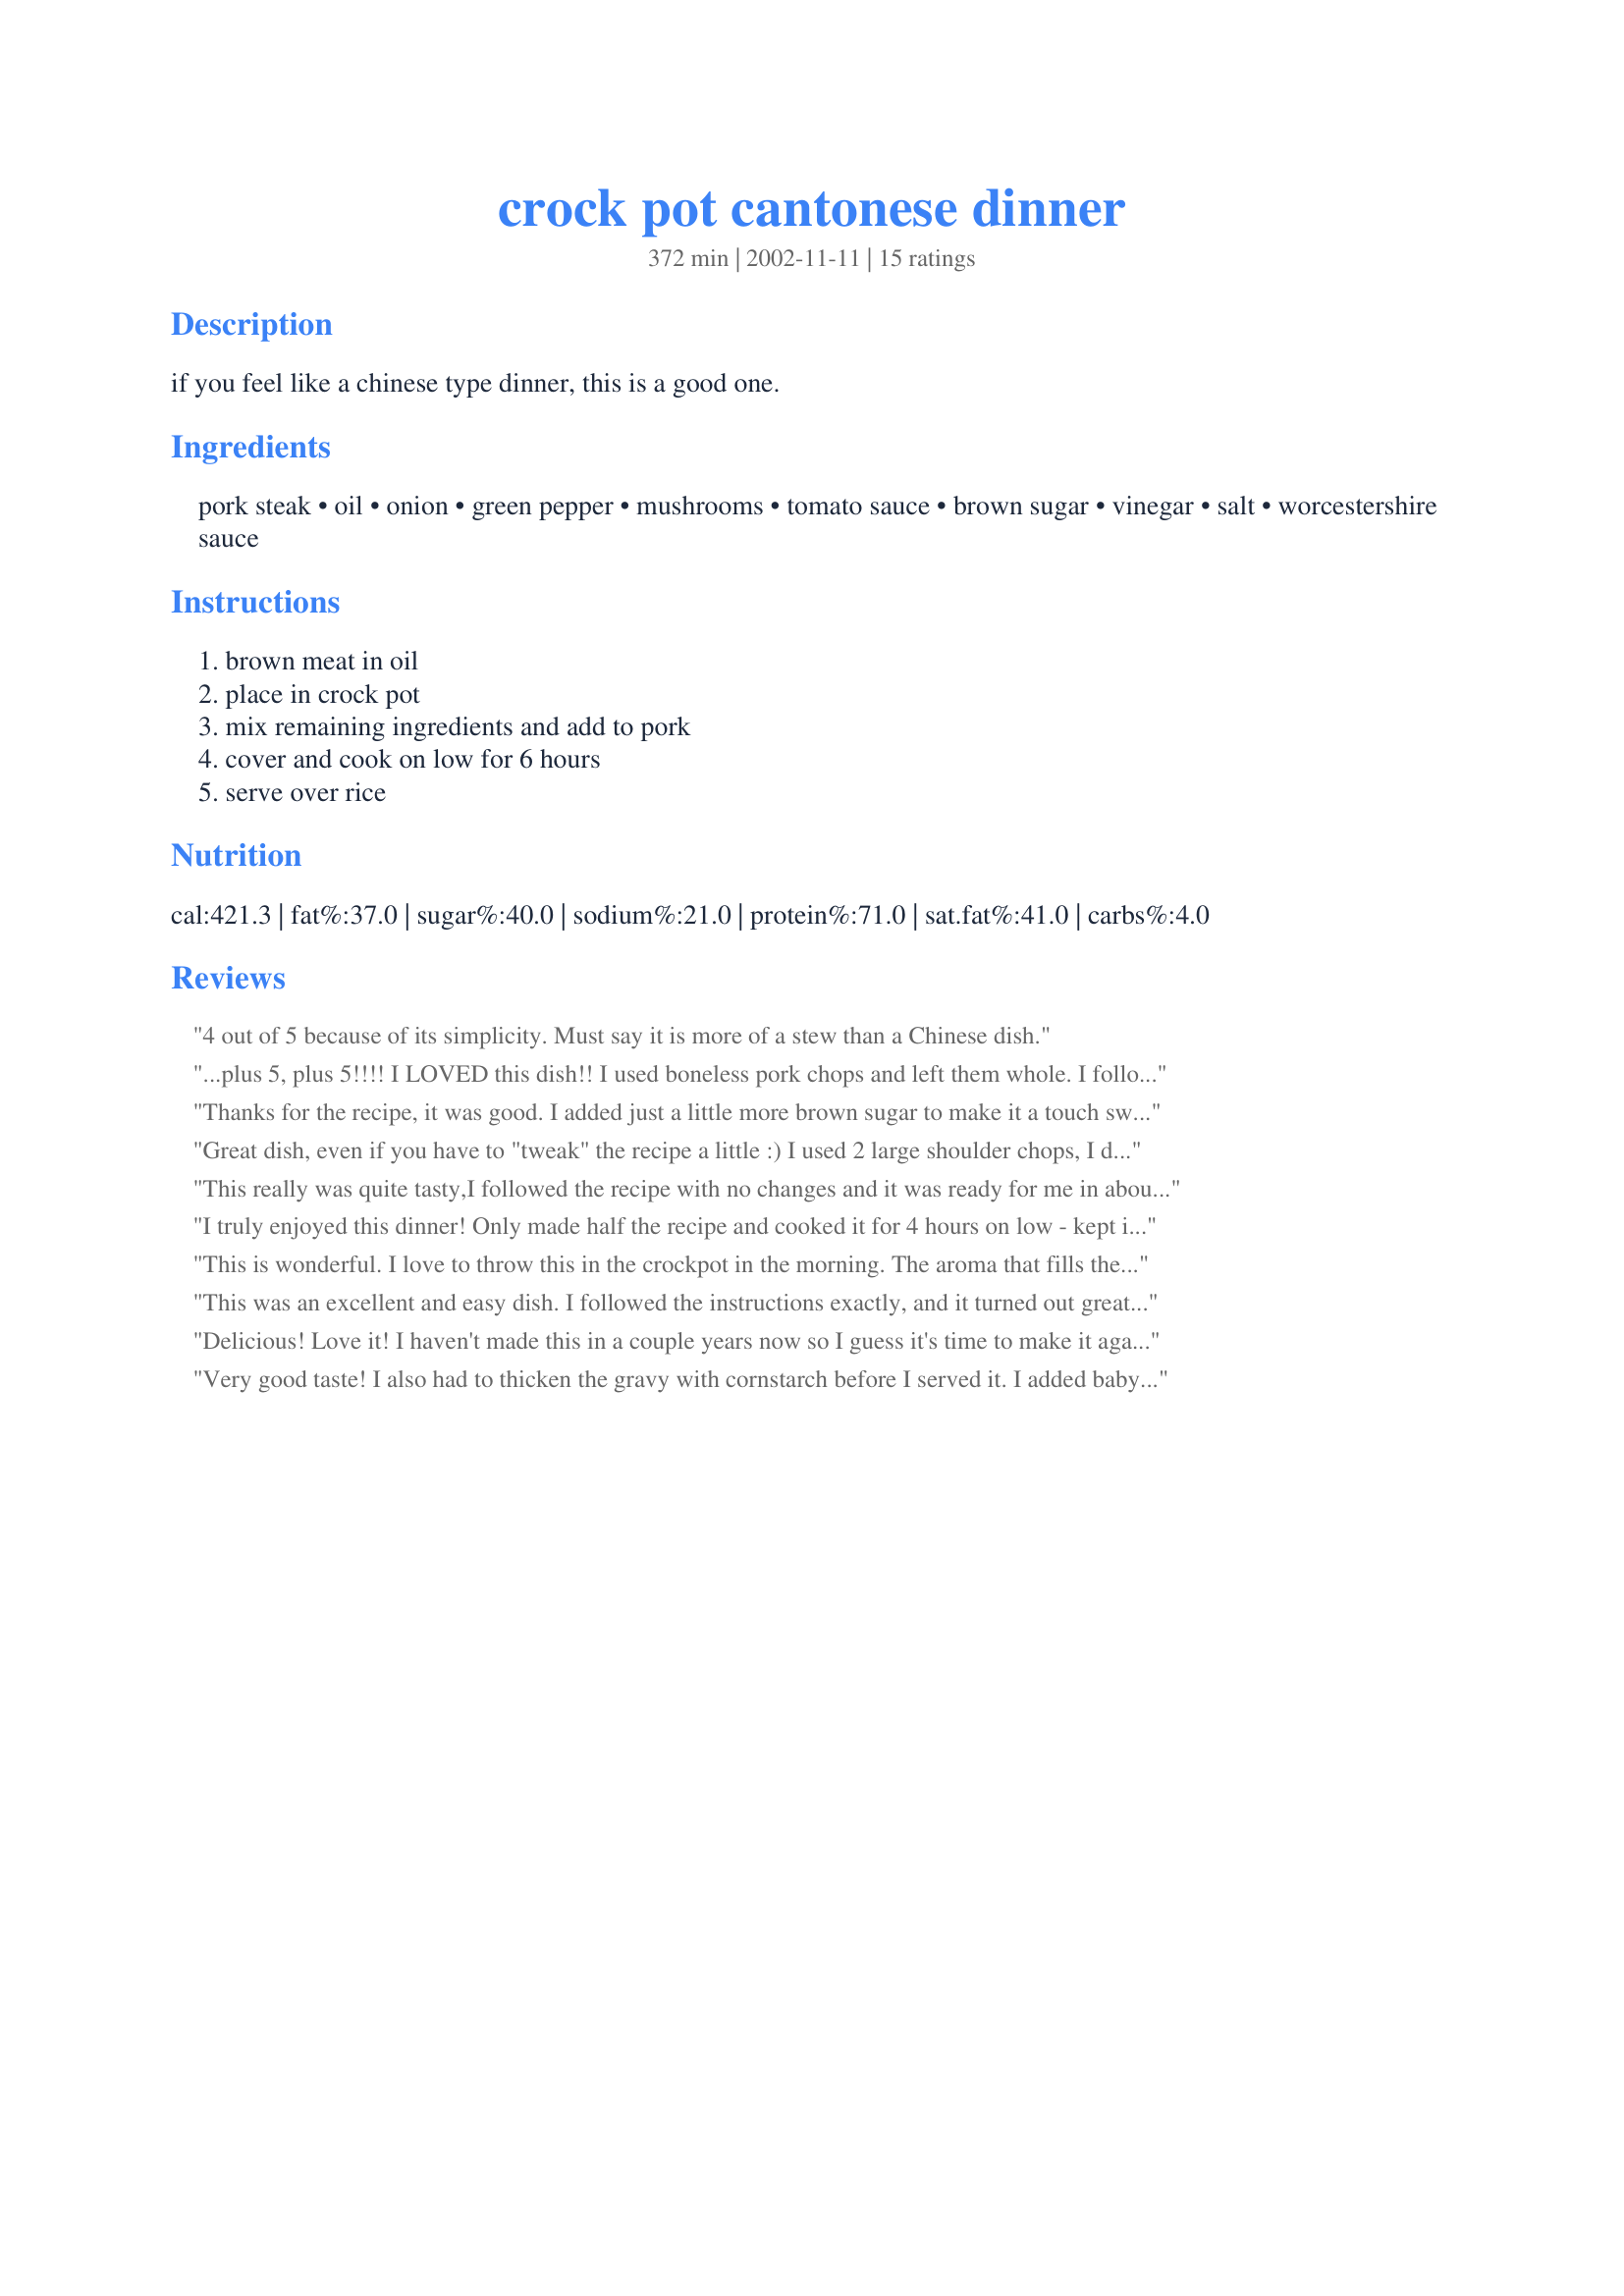
crock pot cantonese dinner
Preparation time: 372 minutes

if you feel like a chinese type dinner, this is a good one.

Ingredients:
pork steak, oil, onion, green pepper, mushrooms, tomato sauce, brown sugar, vinegar, salt, worcestershire sauce

Steps:
brown meat in oil, place in crock pot, mix remaining ingredients and add to pork, cover and cook on low for 6 hours, serve over rice

Reviews:
4 out of 5 because of its simplicity. Must say it is more of a stew than a Chinese dish.
...plus 5, plus 5!!!! I LOVED this dish!! I used boneless pork chops and left them whole. I followed the recipe exactly, but added some garlic powder and black pepper to the sauce. I also doubled the mushrooms. I can't wait to make this again!! I think next time I will double the sauce and add a bunch of veggies (carrots, water chestnuts, celery, and maybe some broccoli) Thank you so much for a great and easy dish!!
~Manda
Thanks for the recipe, it was good. I added just a little more brown sugar to make it a touch sweeter, and added some fresh tomatoes from the garden, which made the tomato flavor 'pop'. It was nice.
Great dish, even if you have to "tweak" the recipe a little :)
I used 2 large shoulder chops, I didnt have canned mushrooms, so I used 4 fresh ones, and a handfull of dried ones. I dont know what "canned tomato sauce " is, so I used a can of chopped tomatoes. It was wonderfull! Next time I think I will add a little garlic, and maybe a chilli.
I served this with my fried rice done in the microwave, so the kitchen was nice and tidy, which is a real bonus for a messy cook like me!!!
thanks, its a keeper.
This really was quite tasty,I followed the recipe with no changes and it was ready for me in about 5 hrs. I fed two adults and a toddler with a little left,which would have fed my three year old , (except she was at her Nanny's for a sleepover!) so I would probably double this to feed 6 people. I also might consider doubling the sauce next time too. I almost thickened it but there was really not that much sauce to do so, so I decided not to and it ended up fine over the rice as is. The meat was fork tender, I didn't even need a knife to cut it for the baby. This was an easy,tasty way to use pork steak that I would make again. Thanks again Inez for another good recipe!
I truly enjoyed this dinner! Only made half the recipe and cooked it for 4 hours on low - kept it on warm for 1 hour. I used fresh mushrooms, added 1 jalapeno & 1 tsp fresh grated ginger
 Excellent will be a regular - served with rice & new carrotts. Thanks Inez
This is wonderful. I love to throw this in the crockpot in the morning. The aroma that fills the house while this is cooking is incredible! Simply delicious!
This was an excellent and easy dish. I followed the instructions exactly, and it turned out great. I wasn't sure if any of it would make it to the table. Everyone was grabbing a spoon to taste it straight out of the pot, and going back for more. Thanks for a great recipe. Will make this often.
Delicious! Love it! I haven't made this in a couple years now so I guess it's time to make it again. I love the fact that I don't have to be home to watch it so it doesn't burn and only one dish to clean up. Good old crock pots, what would we do without them. In fact I own 3 of them all different sizes; small, med. and big.
Very good taste! I also had to thicken the gravy with cornstarch before I served it. I added baby carrots and garlic to the mixture.
I really liked the tenderness of the pork and the tangy taste of the sauce. Thanks, Carole in Orlando
We enjoyed this dish that we served with rice. I added baby carrots, fresh mushrooms and used garlic salt instead of regular salt. Although the taste was excellent there was a little too much broth for our taste, so I will thicken it a little next time.
Wonderful dish! And it was so nice to have it done and the kitchen already clean. I served it over rice. At the last minute I decided to add about 1/2 cup of roasted cashews to give it a bit of crunch, and that worked really well. Definitely 5 stars! This one goes in my cookbook!
Thank you for posting an excellant crock pot meal!! My husband enjoyed this so much that he sang its praises all through dinner. Will def. be making this one again!
This has too much of a tomato taste for us.
This is a really good dish. Used Sirloin Steak instead of pork. Found the sauce to be not thick enough (my preference) so will thicken next time with a little cornstarch/water mixture. Put on low for 1 hour then high for 2 hours then on low for 1 hour. Added a little garlic salt.
